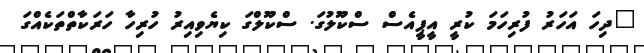
"ދިހަ އަހަރު ފުރިހަމަ ކުރީ އީޕީއެސް ސްކޫލުގަ. ސްކޫލްގަ ކިޔެވިއިރު ހުރިހާ ހަރަކާތްތަކެއްގަ